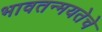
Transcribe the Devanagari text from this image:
भावतन्मयतेचे